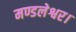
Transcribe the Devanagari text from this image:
मण्डलेश्वर।